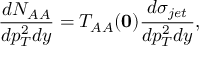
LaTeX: \frac { d N _ { A A } } { d p _ { T } ^ { 2 } d y } = T _ { A A } ( { \bf 0 } ) \frac { d \sigma _ { j e t } } { d p _ { T } ^ { 2 } d y } ,